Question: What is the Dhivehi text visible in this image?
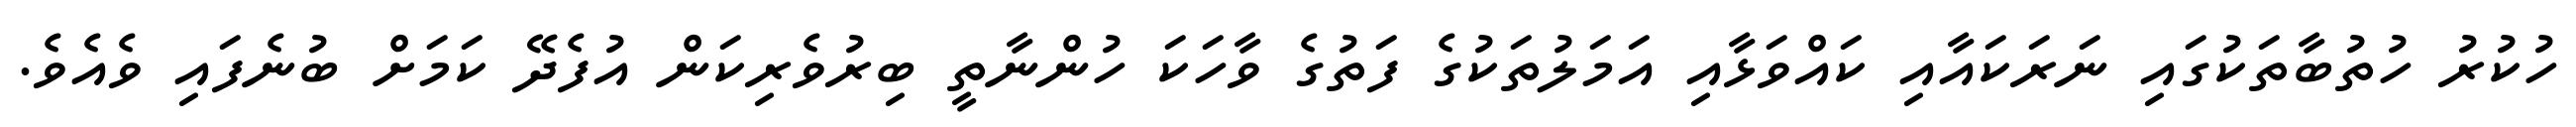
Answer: ހުކުރު ހުތުބާތަކުގައި ނަރަކައާއި ކައްވަޅާއި އަމަލުތަކުގެ ފަތުގެ ވާހަކަ ހުންނާތީ ބިރުވެރިކަން އުފެދޭ ކަމަށް ބުނެފައި ވެއެވެ.